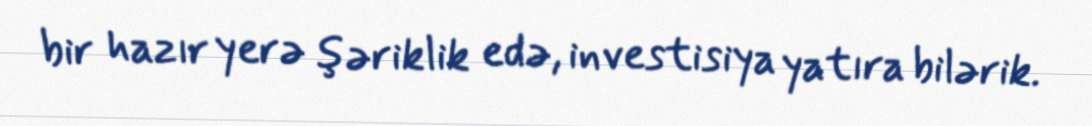
bir hazır yerə şəriklik edə, investisiya yatıra bilərik.